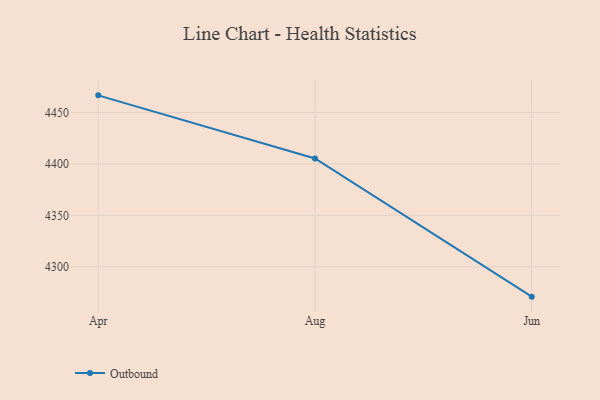
{"axis": {"x": "Month", "y": "Latency (ms)"}, "legend": ["Outbound"], "data": [{"x": "Apr", "y": 4466.6, "type": "Outbound"}, {"x": "Aug", "y": 4405.3, "type": "Outbound"}, {"x": "Jun", "y": 4271.1, "type": "Outbound"}]}